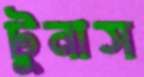
টুনাস